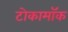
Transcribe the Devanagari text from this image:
टोकामॉक